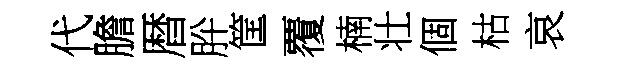
代膽暦肸筐覆楠壮個枯哀